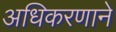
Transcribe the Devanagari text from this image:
अधिकरणाने